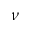
\nu